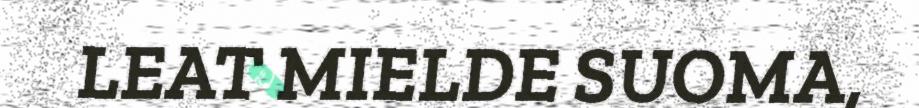
LEAT MIELDE SUOMA,